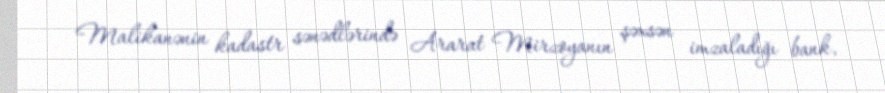
Malikanənin kadastr sənədlərində Ararat Mirzoyanın şəxsən imzaladığı bank,